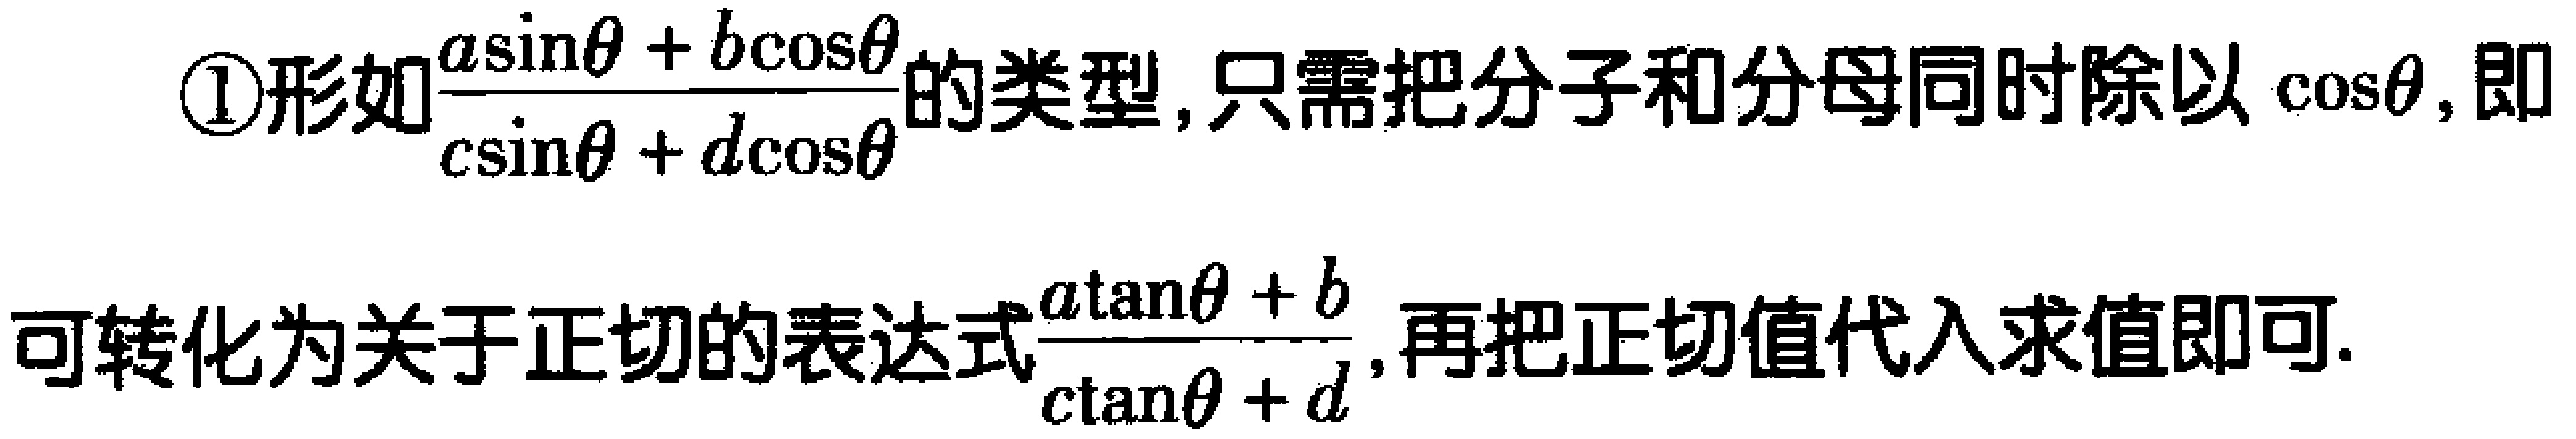
\textcircled{1}形如$\frac{a\sin\theta + b\cos\theta}{c\sin\theta + d\cos\theta}$的类型，只需把分子和分母同时除以$\cos\theta$，即可转化为关于正切的表达式$\frac{a\tan\theta + b}{c\tan\theta + d}$，再把正切值代入求值即可.